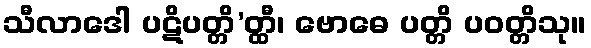
သီလာဒေါ ပဋိပတ္တိ’တ္ထီ၊ ဗောဓေ ပတ္တိ ပဝတ္တိသု။